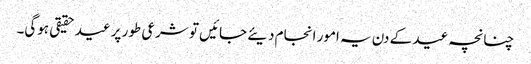
چنانچہ عید کے دن یہ امور انجام دیئے جائیں تو شرعی طور پر عید حقیقی ہوگی۔